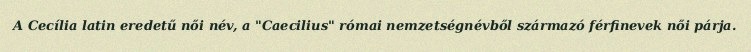
A Cecília latin eredetű női név, a "Caecilius" római nemzetségnévből származó férfinevek női párja.